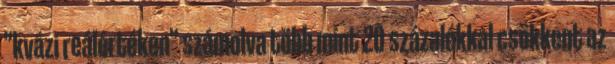
"kvázi reálértéken" számolva több mint 20 százalékkal csökkent az